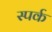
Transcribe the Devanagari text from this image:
स्पर्क